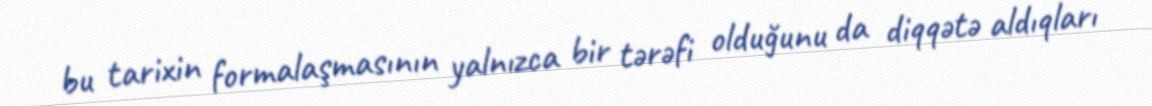
bu tarixin formalaşmasının yalnızca bir tərəfi olduğunu da diqqətə aldıqları